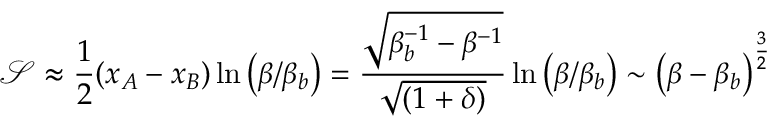
\mathcal { S } \approx \frac { 1 } { 2 } ( x _ { A } - x _ { B } ) \ln \left( { \beta / { \beta _ { b } } } \right) = \frac { { \sqrt { \beta _ { b } ^ { - 1 } - { \beta ^ { - 1 } } } } } { { \sqrt { \left( { 1 + \delta } \right) } } } \ln \left( { \beta / { \beta _ { b } } } \right) \sim { \left( { \beta - { \beta _ { b } } } \right) ^ { \frac { 3 } { 2 } } }